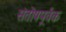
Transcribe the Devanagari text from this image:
संतोषपूर्वक